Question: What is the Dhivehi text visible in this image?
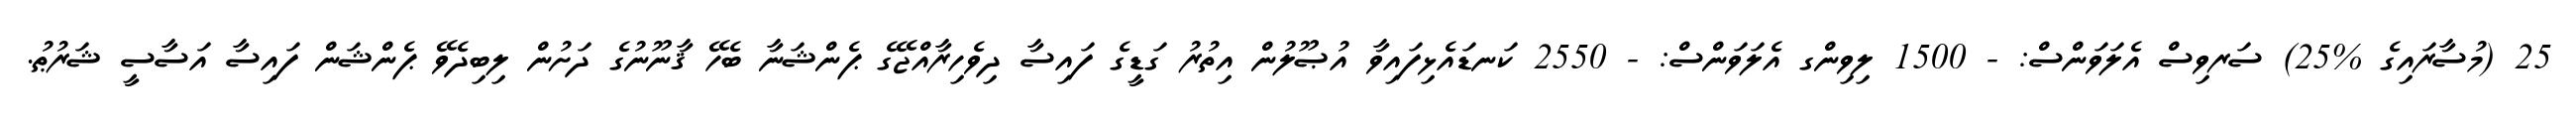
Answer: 25 (މުސާރައިގެ %25) ސަރވިސް އެލަވަންސް: - 1500 ލިވިންގ އެލަވަންސް: - 2550 ކަނޑައެޅިފައިވާ އުޞޫލުން އިތުރު ގަޑީގެ ފައިސާ ދިވެހިރާއްޖޭގެ ޕެންޝަނާ ބެހޭ ޤާނޫނުގެ ދަށުން ލިބިދެވޭ ޕެންޝަން ފައިސާ އަސާސީ ޝަރުޠު.